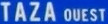
TAZA QUEST